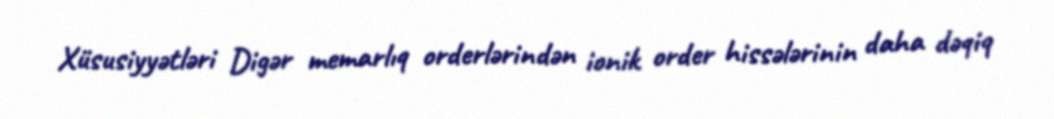
Xüsusiyyətləri Digər memarlıq orderlərindən ionik order hissələrinin daha dəqiq